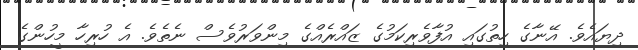
ދިޔައެވެ. އޭނާގެ ހިތުގައި އުފާވެރިކަމުގެ ޒައްރެއްގެ މިންވަރުވެސް ނެތެވެ. އެ ހުރިހާ މީހުންގެ